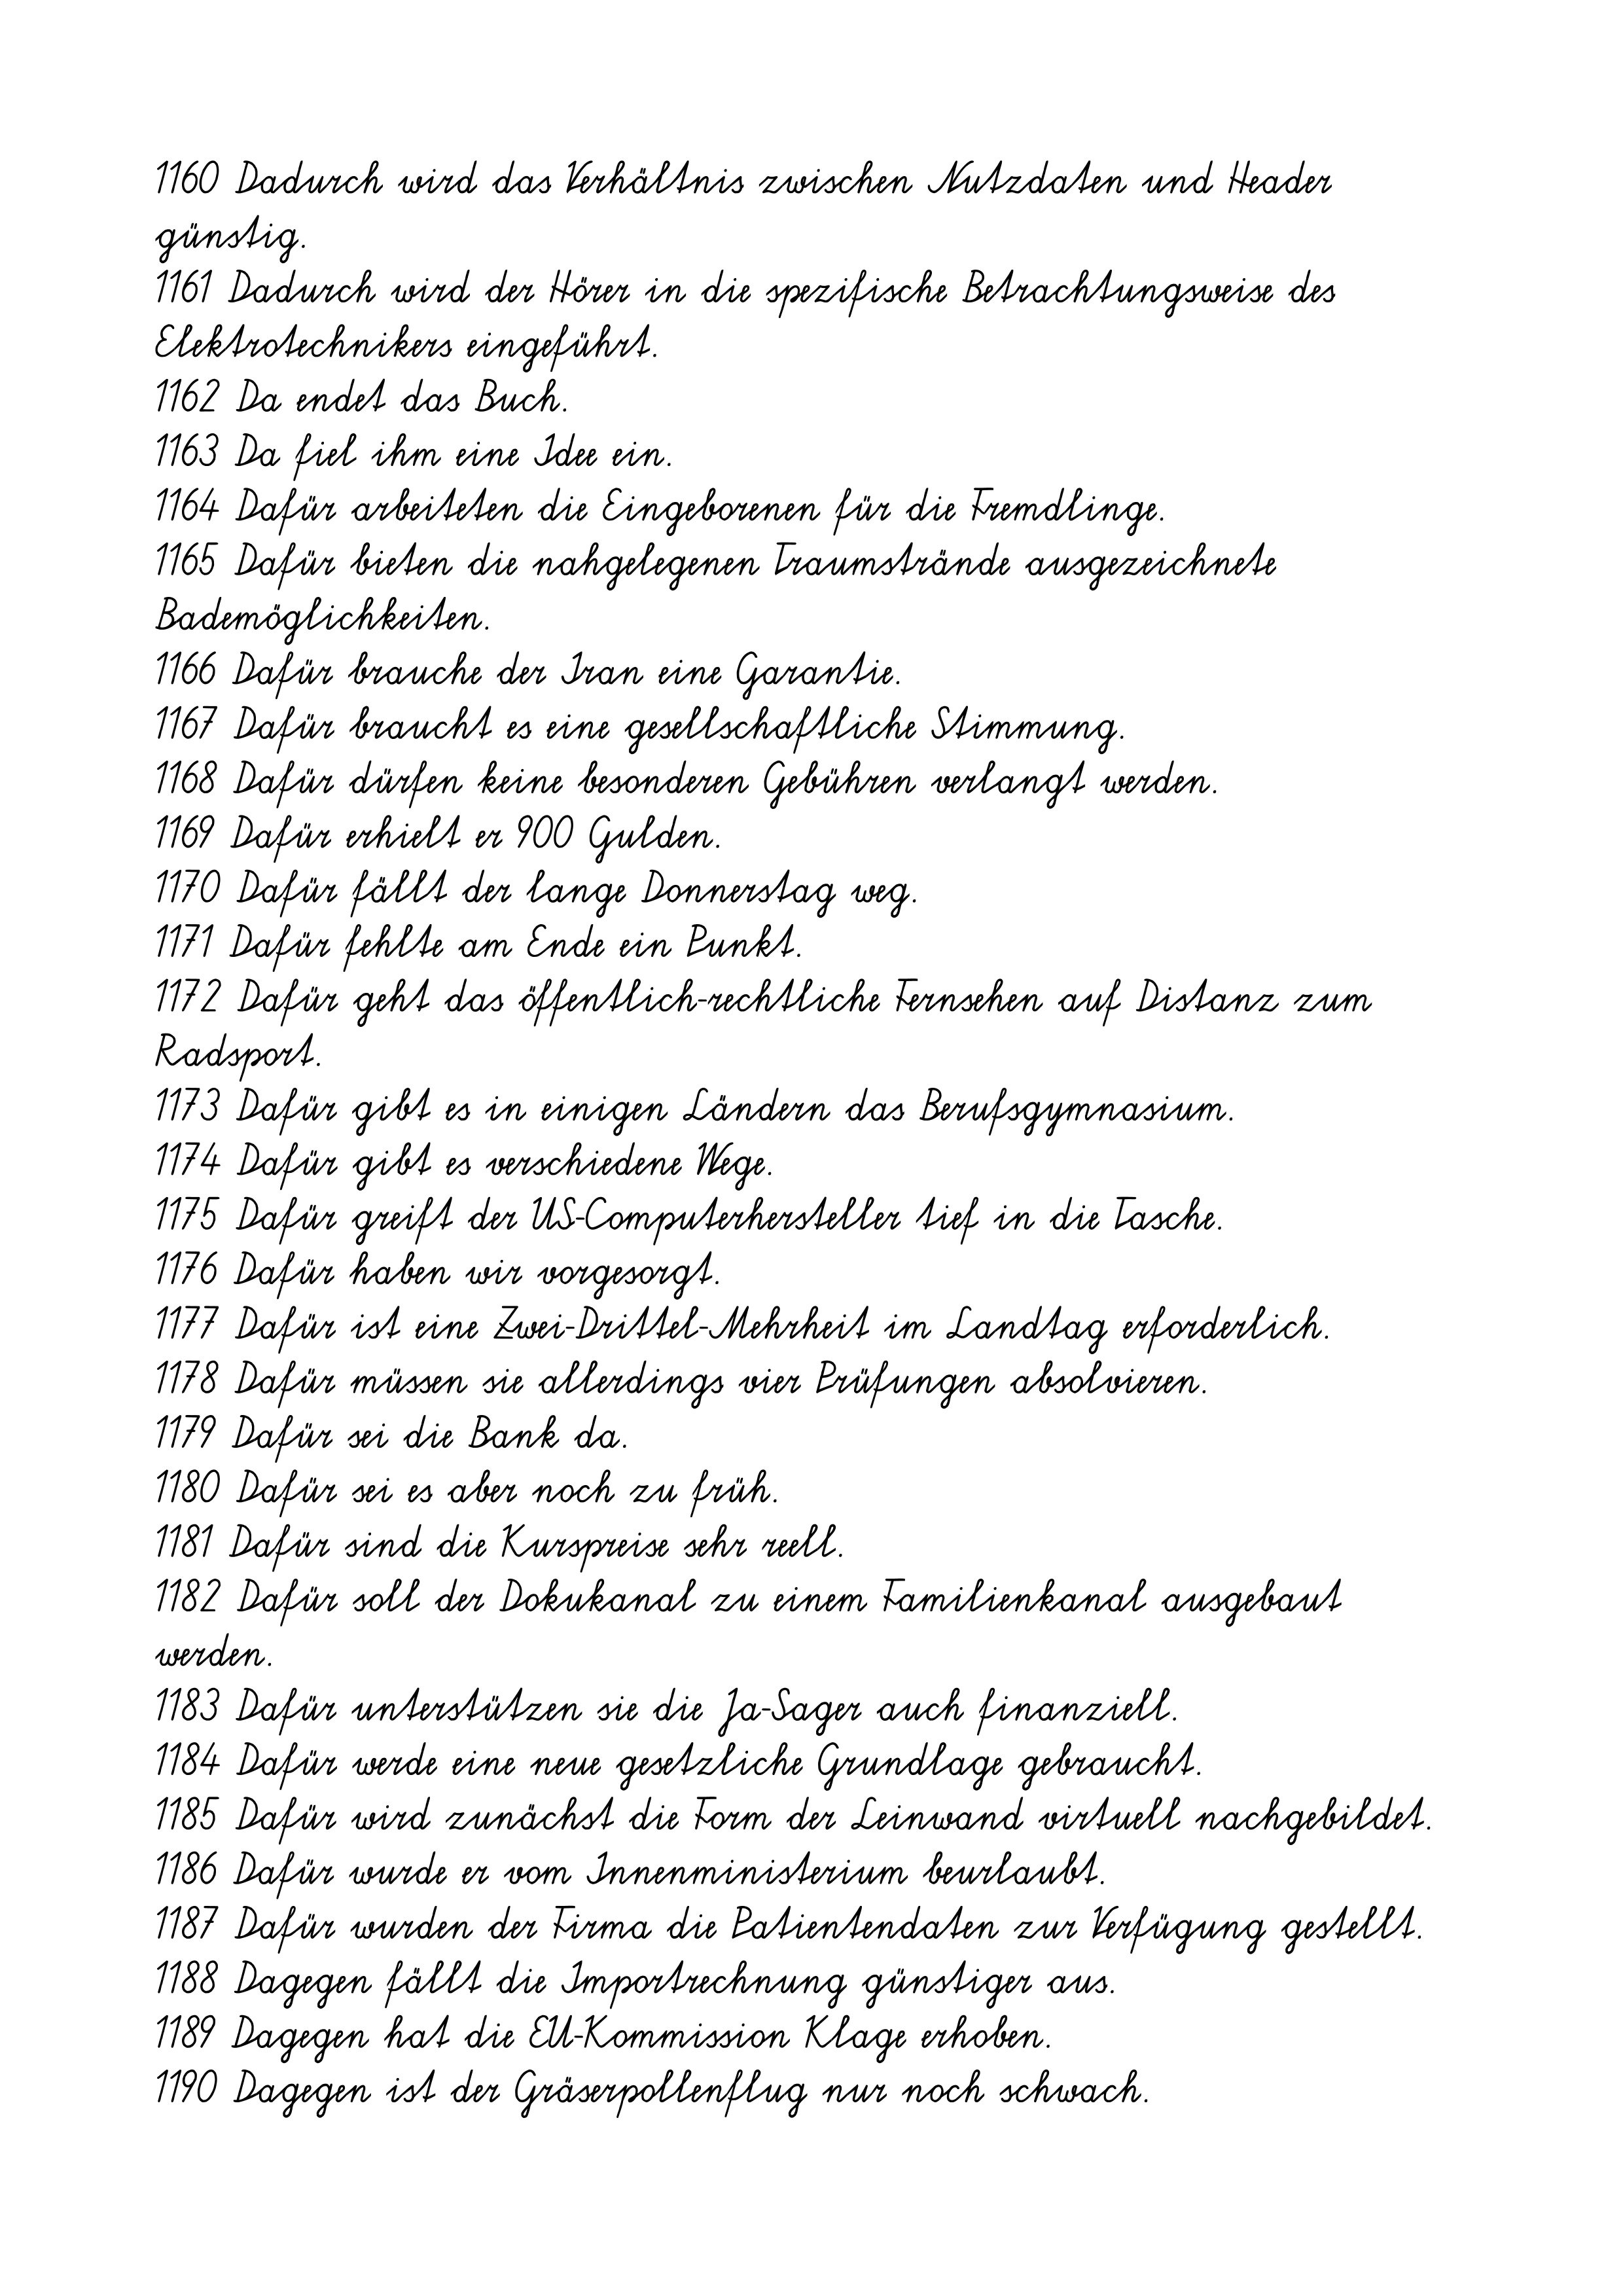
1160 Dadurch wird das Verhältnis zwischen Nutzdaten und Header
günstig.
1161 Dadurch wird der Hörer in die spezifische Betrachtungsweise des
Elektrotechnikers eingeführt.
1162 Da endet das Buch.
1163 Da fiel ihm eine Idee ein.
1164 Dafür arbeiteten die Eingeborenen für die Fremdlinge.
1165 Dafür bieten die nahgelegenen Traumstrände ausgezeichnete
Bademöglichkeiten.
1166 Dafür brauche der Iran eine Garantie.
1167 Dafür braucht es eine gesellschaftliche Stimmung.
1168 Dafür dürfen keine besonderen Gebühren verlangt werden.
1169 Dafür erhielt er 900 Gulden.
1170 Dafür fällt der lange Donnerstag weg.
1171 Dafür fehlte am Ende ein Punkt.
1172 Dafür geht das öffentlich-rechtliche Fernsehen auf Distanz zum
Radsport.
1173 Dafür gibt es in einigen Ländern das Berufsgymnasium.
1174 Dafür gibt es verschiedene Wege.
1175 Dafür greift der US-Computerhersteller tief in die Tasche.
1176 Dafür haben wir vorgesorgt.
1177 Dafür ist eine Zwei-Drittel-Mehrheit im Landtag erforderlich.
1178 Dafür müssen sie allerdings vier Prüfungen absolvieren.
1179 Dafür sei die Bank da.
1180 Dafür sei es aber noch zu früh.
1181 Dafür sind die Kurspreise sehr reell.
1182 Dafür soll der Dokukanal zu einem Familienkanal ausgebaut
werden.
1183 Dafür unterstützen sie die Ja-Sager auch finanziell.
1184 Dafür werde eine neue gesetzliche Grundlage gebraucht.
1185 Dafür wird zunächst die Form der Leinwand virtuell nachgebildet.
1186 Dafür wurde er vom Innenministerium beurlaubt.
1187 Dafür wurden der Firma die Patientendaten zur Verfügung gestellt.
1188 Dagegen fällt die Importrechnung günstiger aus.
1189 Dagegen hat die EU-Kommission Klage erhoben.
1190 Dagegen ist der Gräserpollenflug nur noch schwach.